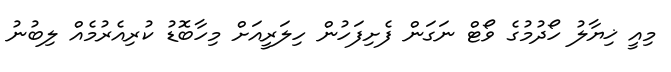
މިއީ ޚިޔާލު ހޯދުމުގެ ވޯޓް ނަގަން ފެށިފަހުން ހިލަރީއަށް މިހާބޮޑު ކުރިއެރުމެއް ލިބުނު